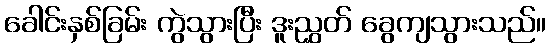
ခေါင်းနှစ်ခြမ်း ကွဲသွားပြီး ဒူးညွှတ် ခွေကျသွားသည်။